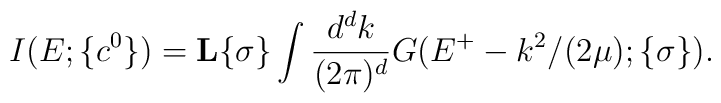
I(E;\{c^0\})={\bf L}{\{\sigma\}} \int \displaystyle\frac{d^d k}{(2\pi)^d}G(E^{+}-k^2/(2\mu);\{\sigma\}).